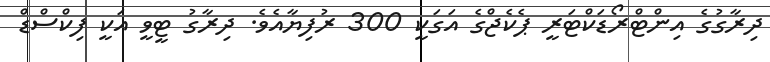
ދިރާގުގެ އިންޓްރޯޑަކްޓަރީ ޕެކެޖްގެ އަގަކީ 300 ރުފިޔާއެވެ. ދިރާގު ޓީވީ އަކީ ފިކްސްޑް